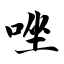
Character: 唑